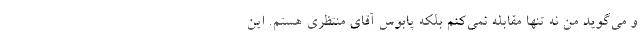
و می‌گوید من نه تنها مقابله نمی‌کنم بلکه پابوس آقای منتظری هستم. این